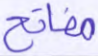
مفاتح